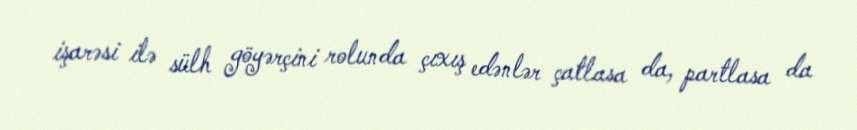
işarəsi ilə sülh göyərçini rolunda çıxış edənlər çatlasa da, partlasa da